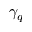
\gamma _ { q }